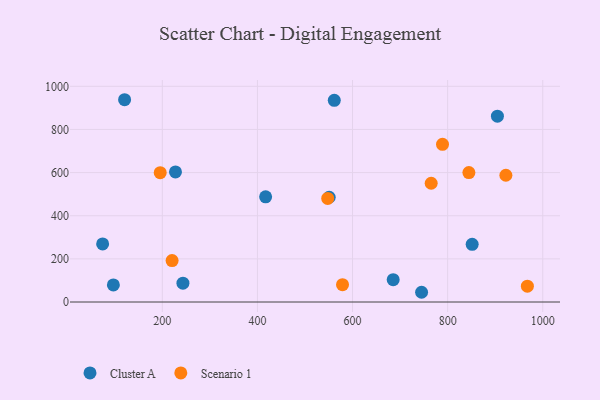
{"axis": {"x": "Study Hours", "y": "Yield"}, "legend": ["Cluster A", "Scenario 1"], "data": [{"x": "550.9", "y": 485.7, "type": "Cluster A"}, {"x": "904.7", "y": 861.5, "type": "Cluster A"}, {"x": "97.0", "y": 79.1, "type": "Cluster A"}, {"x": "745.2", "y": 45.1, "type": "Cluster A"}, {"x": "561.6", "y": 934.9, "type": "Cluster A"}, {"x": "227.6", "y": 603.0, "type": "Cluster A"}, {"x": "417.2", "y": 487.7, "type": "Cluster A"}, {"x": "120.6", "y": 937.8, "type": "Cluster A"}, {"x": "74.4", "y": 269.1, "type": "Cluster A"}, {"x": "685.5", "y": 103.6, "type": "Cluster A"}, {"x": "243.3", "y": 87.3, "type": "Cluster A"}, {"x": "851.6", "y": 267.3, "type": "Cluster A"}, {"x": "844.7", "y": 600.1, "type": "Scenario 1"}, {"x": "922.5", "y": 587.7, "type": "Scenario 1"}, {"x": "967.7", "y": 73.5, "type": "Scenario 1"}, {"x": "220.5", "y": 191.9, "type": "Scenario 1"}, {"x": "578.9", "y": 80.2, "type": "Scenario 1"}, {"x": "195.5", "y": 599.7, "type": "Scenario 1"}, {"x": "765.4", "y": 550.5, "type": "Scenario 1"}, {"x": "789.2", "y": 731.0, "type": "Scenario 1"}, {"x": "547.8", "y": 480.3, "type": "Scenario 1"}]}